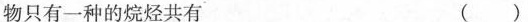
物只有一种的烷烃共有 ()。